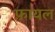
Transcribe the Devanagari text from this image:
फ़ायल